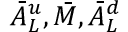
\bar { A } _ { L } ^ { u } , \bar { M } , \bar { A } _ { L } ^ { d }